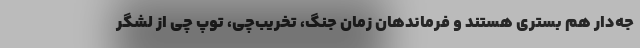
جه‌دار هم بستری هستند و فرماندهان زمان جنگ، تخریب‌چی، توپ چی از لشگر